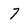
Character: 7